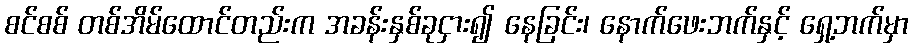
စင်စစ် တစ်အိမ်ထောင်တည်းက အခန်းနှစ်ခုငှား၍ နေခြင်း၊ နောက်ဖေးဘက်နှင့် ရှေ့ဘက်မှာ